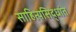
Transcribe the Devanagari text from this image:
साहित्यसिद्धांत